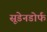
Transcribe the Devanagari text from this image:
सूडेनडोर्फ